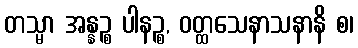
တသ္မာ အန္နဉ္စ ပါနဉ္စ, ဝတ္ထသေနာသနာနိ စ၊